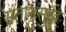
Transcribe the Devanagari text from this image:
संतानसुख